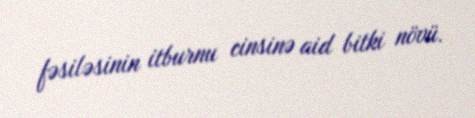
fəsiləsinin i̇tburnu cinsinə aid bitki növü.